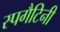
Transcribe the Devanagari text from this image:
स्पगैटिनी